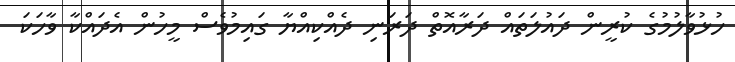
ހުޅުވާލުމުގެ ކުރީން ދައުލަތައް ދަރާއޮތް ދަރަނި ދެއްކިއްޔާ ގައިމުވެސް މީހުން އެދައްކާ ވާހަކަ